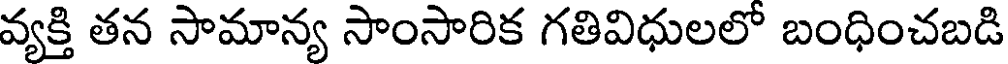
వ్యక్తి తన సామాన్య సాంసారిక గతివిధులలో బంధించబడి